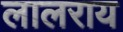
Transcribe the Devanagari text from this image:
लालराय